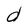
Character: d